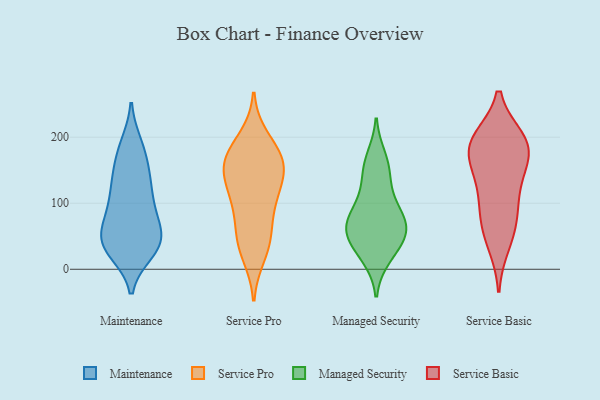
{"axis": {"x": "Page Views", "y": "Value"}, "legend": ["Maintenance", "Managed Security", "Service Basic", "Service Pro"], "data": [{"x": "", "y": 44, "type": "Maintenance"}, {"x": "", "y": 83, "type": "Maintenance"}, {"x": "", "y": 146, "type": "Maintenance"}, {"x": "", "y": 47, "type": "Maintenance"}, {"x": "", "y": 37, "type": "Maintenance"}, {"x": "", "y": 126, "type": "Maintenance"}, {"x": "", "y": 100, "type": "Maintenance"}, {"x": "", "y": 68, "type": "Maintenance"}, {"x": "", "y": 129, "type": "Maintenance"}, {"x": "", "y": 97, "type": "Maintenance"}, {"x": "", "y": 43, "type": "Maintenance"}, {"x": "", "y": 139, "type": "Maintenance"}, {"x": "", "y": 29, "type": "Maintenance"}, {"x": "", "y": 27, "type": "Maintenance"}, {"x": "", "y": 42, "type": "Maintenance"}, {"x": "", "y": 188, "type": "Maintenance"}, {"x": "", "y": 77, "type": "Maintenance"}, {"x": "", "y": 184, "type": "Maintenance"}, {"x": "", "y": 174, "type": "Maintenance"}, {"x": "", "y": 34, "type": "Maintenance"}, {"x": "", "y": 139, "type": "Service Pro"}, {"x": "", "y": 160, "type": "Service Pro"}, {"x": "", "y": 143, "type": "Service Pro"}, {"x": "", "y": 184, "type": "Service Pro"}, {"x": "", "y": 38, "type": "Service Pro"}, {"x": "", "y": 103, "type": "Service Pro"}, {"x": "", "y": 198, "type": "Service Pro"}, {"x": "", "y": 106, "type": "Service Pro"}, {"x": "", "y": 103, "type": "Service Pro"}, {"x": "", "y": 164, "type": "Service Pro"}, {"x": "", "y": 163, "type": "Service Pro"}, {"x": "", "y": 22, "type": "Service Pro"}, {"x": "", "y": 46, "type": "Service Pro"}, {"x": "", "y": 60, "type": "Service Pro"}, {"x": "", "y": 158, "type": "Service Pro"}, {"x": "", "y": 45, "type": "Managed Security"}, {"x": "", "y": 155, "type": "Managed Security"}, {"x": "", "y": 75, "type": "Managed Security"}, {"x": "", "y": 100, "type": "Managed Security"}, {"x": "", "y": 111, "type": "Managed Security"}, {"x": "", "y": 18, "type": "Managed Security"}, {"x": "", "y": 59, "type": "Managed Security"}, {"x": "", "y": 169, "type": "Managed Security"}, {"x": "", "y": 66, "type": "Managed Security"}, {"x": "", "y": 71, "type": "Managed Security"}, {"x": "", "y": 47, "type": "Managed Security"}, {"x": "", "y": 24, "type": "Managed Security"}, {"x": "", "y": 67, "type": "Managed Security"}, {"x": "", "y": 144, "type": "Managed Security"}, {"x": "", "y": 189, "type": "Service Basic"}, {"x": "", "y": 167, "type": "Service Basic"}, {"x": "", "y": 61, "type": "Service Basic"}, {"x": "", "y": 124, "type": "Service Basic"}, {"x": "", "y": 180, "type": "Service Basic"}, {"x": "", "y": 141, "type": "Service Basic"}, {"x": "", "y": 194, "type": "Service Basic"}, {"x": "", "y": 196, "type": "Service Basic"}, {"x": "", "y": 78, "type": "Service Basic"}, {"x": "", "y": 39, "type": "Service Basic"}, {"x": "", "y": 188, "type": "Service Basic"}, {"x": "", "y": 98, "type": "Service Basic"}]}